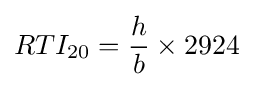
RTI_{20}={\frac {h}{b}}\times 2924